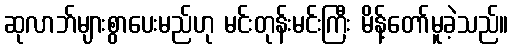
ဆုလာဘ်များစွာပေးမည်ဟု မင်းတုန်းမင်းကြီး မိန့်တော်မူခဲ့သည်။